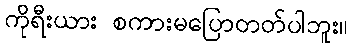
ကိုရီးယား စကားမပြောတတ်ပါဘူး။